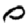
Digit: 0